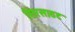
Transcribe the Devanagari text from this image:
सिरसाठट